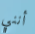
أنني